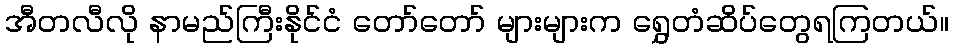
အီတလီလို နာမည်ကြီးနိုင်ငံ တော်တော် များများက ရွှေတံဆိပ်တွေရကြတယ်။